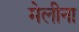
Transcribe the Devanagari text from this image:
मेलीना